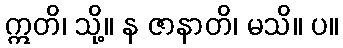
ဣတိ၊ သို့။ န ဇာနာတိ၊ မသိ။ ပ။